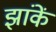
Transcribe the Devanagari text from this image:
झांकें